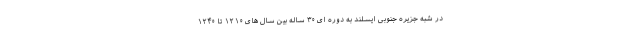
در شبه جزیره جنوبی ایسلند به دوره ای ۳۰ ساله بین سال های ۱۲۱۰ تا ۱۲۴۰